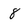
Character: 8